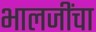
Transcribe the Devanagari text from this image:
भालजींचा